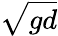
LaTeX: \sqrt{gd}